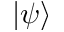
| \psi \rangle